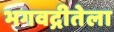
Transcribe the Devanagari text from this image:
भगवद्गीतेला